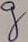
Text: g